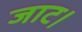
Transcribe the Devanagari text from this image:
जाट।